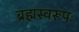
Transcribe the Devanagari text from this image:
ब्रह्मस्वरूपः